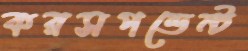
করসপন্ডেন্ট